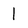
Character: 1